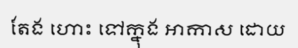
តែង ហោះ ទៅក្នុង អាកាស ដោយ